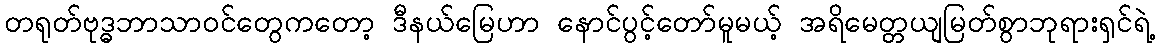
တရုတ်ဗုဒ္ဓဘာသာဝင်တွေကတော့ ဒီနယ်မြေဟာ နောင်ပွင့်တော်မူမယ့် အရိမေတ္တယျမြတ်စွာဘုရားရှင်ရဲ့